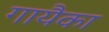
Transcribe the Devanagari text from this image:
गायैका